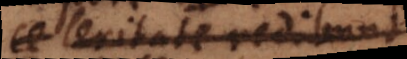
celeritate redibun